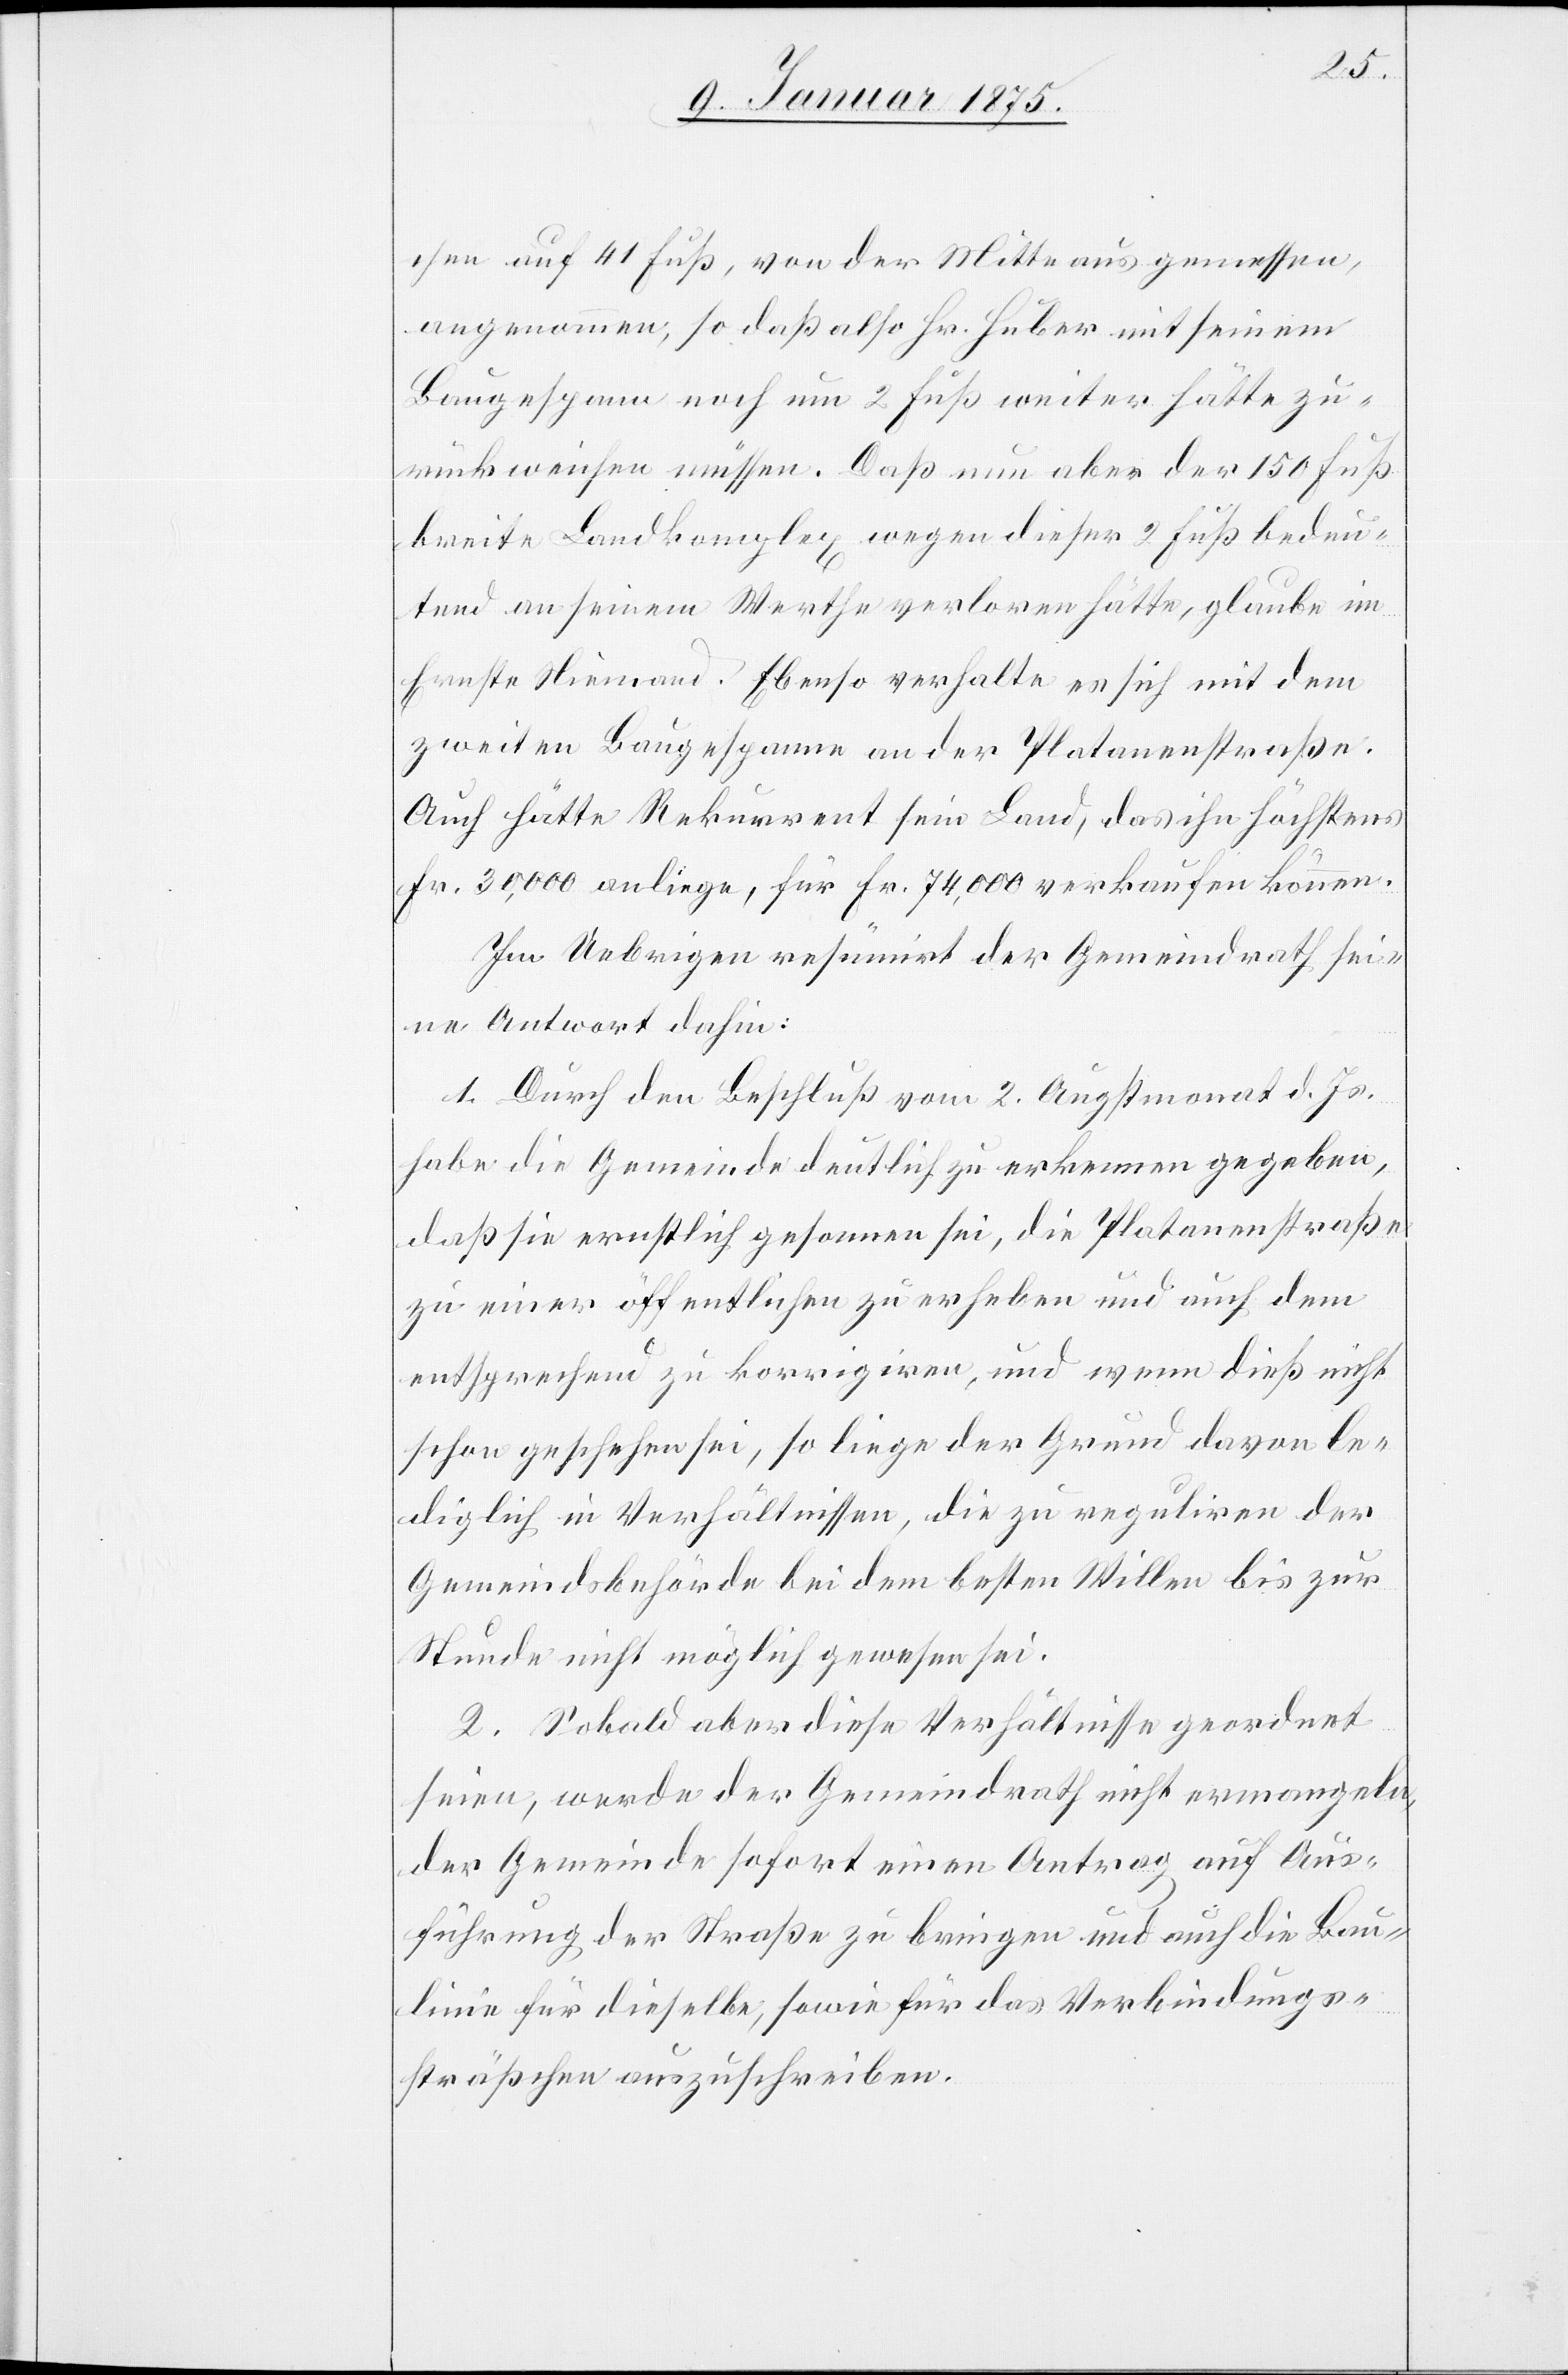
chen
auf 41 Fuß, von der Mitte aus gemessen,
angenommen; so daß also Hr. Huber mit seinem
Baugespann noch um 2 Fuß weiter hätte zu¬
rückweichen müssen. Daß nun aber der 150 Fuß
breite Landkomplex wegen dieser 2 Fuß bedeu¬
tend an seinem Werthe verloren hätte, glaube im
Ernste Niemand. Ebenso verhalte es sich mit dem
zweiten Baugespanne an der Platanenstraße.
Auch hätte Rekurrent sein Land, das ihn höchstens
Fr. 30,000 anliege, für Fr. 74,000 verkaufen können.
Im Uebrigen resümirt der Gemeindrath sei¬
ne Antwort dahin:
1. Auf den Beschluß vom 2. Augstmonat d. Js.
habe die Gemeinde deutlich zu erkennen gegeben,
daß sie ernstlich gesonnen sei, die Platanenstraße
zu einer öffentlichen zu erheben und auch dem
entsprechend zu korrigiren, und wenn dieß nicht
schon geschehen sei, so liege der Grund davon le¬
diglich in Verhältnissen, die zu reguliren der
Gemeindsbehörde bei dem besten Willen bis zur
Stunde nicht möglich gewesen sei.
2. Sobald aber diese Verhältnisse geordnet
seien, werde der Gemeindrath nicht ermangeln,
der Gemeinde sofort einen Antrag auf Aus¬
führung der Straße zu bringen und auch die Bau¬
linie für dieselbe, sowie für das Verbindungs¬
sträßchen auszuschreiben.